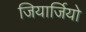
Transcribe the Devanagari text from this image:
जियार्जियो